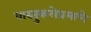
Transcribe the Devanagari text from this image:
वास्तुकलेप्रमाणे